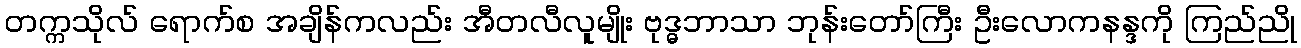
တက္ကသိုလ် ရောက်စ အချိန်ကလည်း အီတလီလူမျိုး ဗုဒ္ဓဘာသာ ဘုန်းတော်ကြီး ဦးလောကနန္ဒကို ကြည်ညို